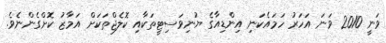
ވަނީ 2010 ވަނަ އަހަރު ހަމައެކަނި އިންޑިއާގެ ޔުނިވަސިޓީތަކާއި ކޮލެޖްތަކަށް އަމާޒު ކޮށްގެންނެވެ.